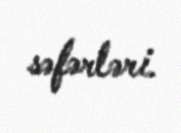
səfərləri.